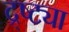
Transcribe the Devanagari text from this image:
द्र्ष्ट्या